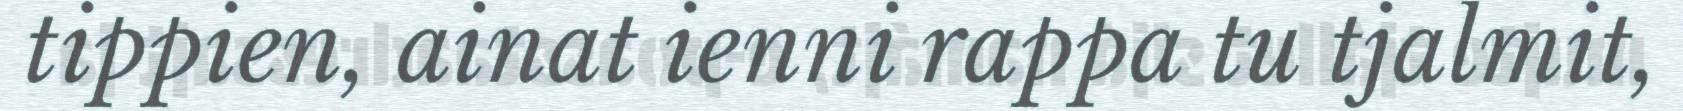
tippien, ainat ienni rappa tu tjalmit,